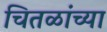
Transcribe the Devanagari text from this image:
चितळांच्या